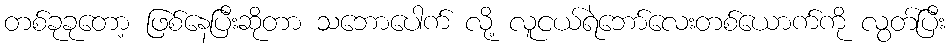
တစ်ခုခုတော့ ဖြစ်နေပြီးဆိုတာ သဘောပေါက် လို့ လူငယ်ရဲဘော်လေးတစ်ယောက်ကို လွတ်ပြီး